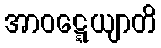
အာဝဋ္ဋေယျာတိ